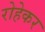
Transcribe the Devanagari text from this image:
रोहेकर